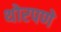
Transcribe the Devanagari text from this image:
थोरपणे